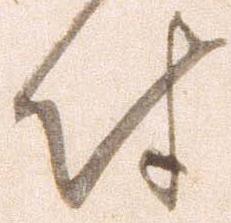
付